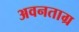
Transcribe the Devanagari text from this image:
अवनताग्र